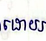
ដោយ